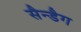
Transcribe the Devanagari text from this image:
सैन्डैग